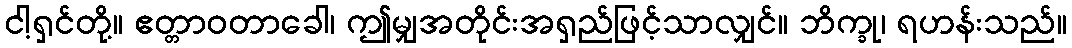
ငါ့ရှင်တို့။ ဧတ္တာဝတာခေါ၊ ဤမျှအတိုင်းအရှည်ဖြင့်သာလျှင်။ ဘိက္ခု၊ ရဟန်းသည်။